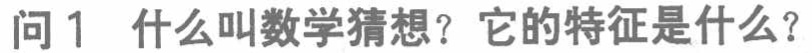
问 1 什么叫数学猜想？它的特征是什么？